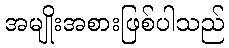
အမျိုးအစားဖြစ်ပါသည်